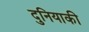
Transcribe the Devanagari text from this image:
दुनियाकी